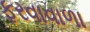
ફરવાવાળા